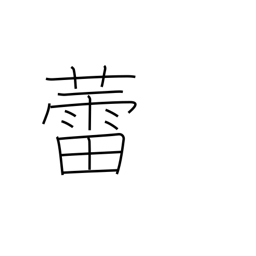
Meaning: bud (plants, mushrooms not yet opened)